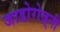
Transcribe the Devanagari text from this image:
जाडोरोज़्नी